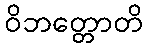
ဝိဘတ္တောတိ